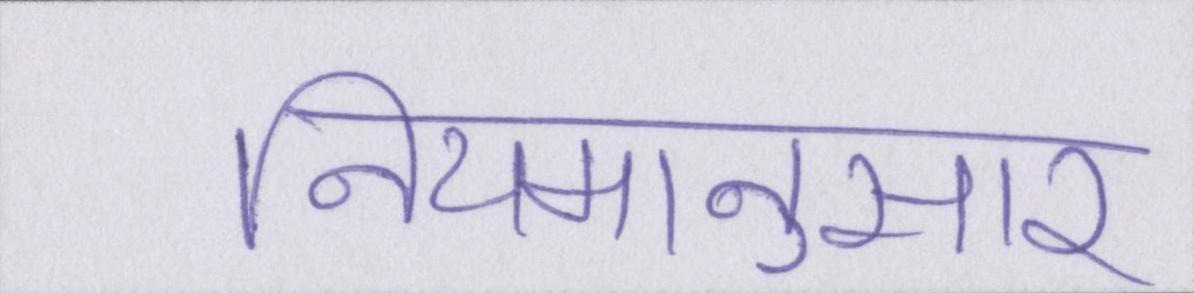
नियमानुसार